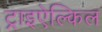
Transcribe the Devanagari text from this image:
ट्राइऐल्किल